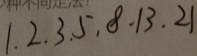
1 . 2 . 3 . 5 . 8 . 1 3 . 2 1